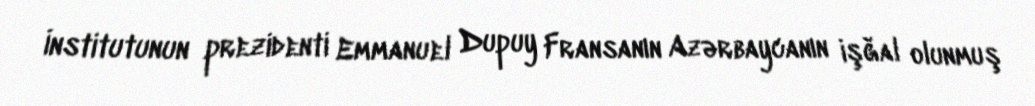
İnstitutunun prezidenti Emmanuel Dupuy Fransanın Azərbaycanın işğal olunmuş